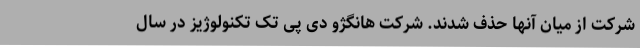
شرکت از میان آنها حذف شدند. شرکت هانگژو دی پی تک تکنولوژیز در سال